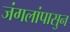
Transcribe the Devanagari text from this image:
जंगलांपासुन